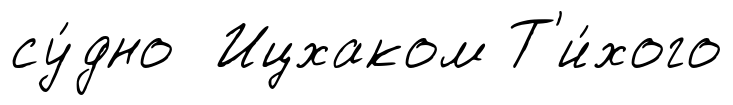
су́дно Ицхаком Т'и́хого